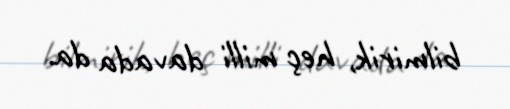
bilmirik, heç milli davada da.